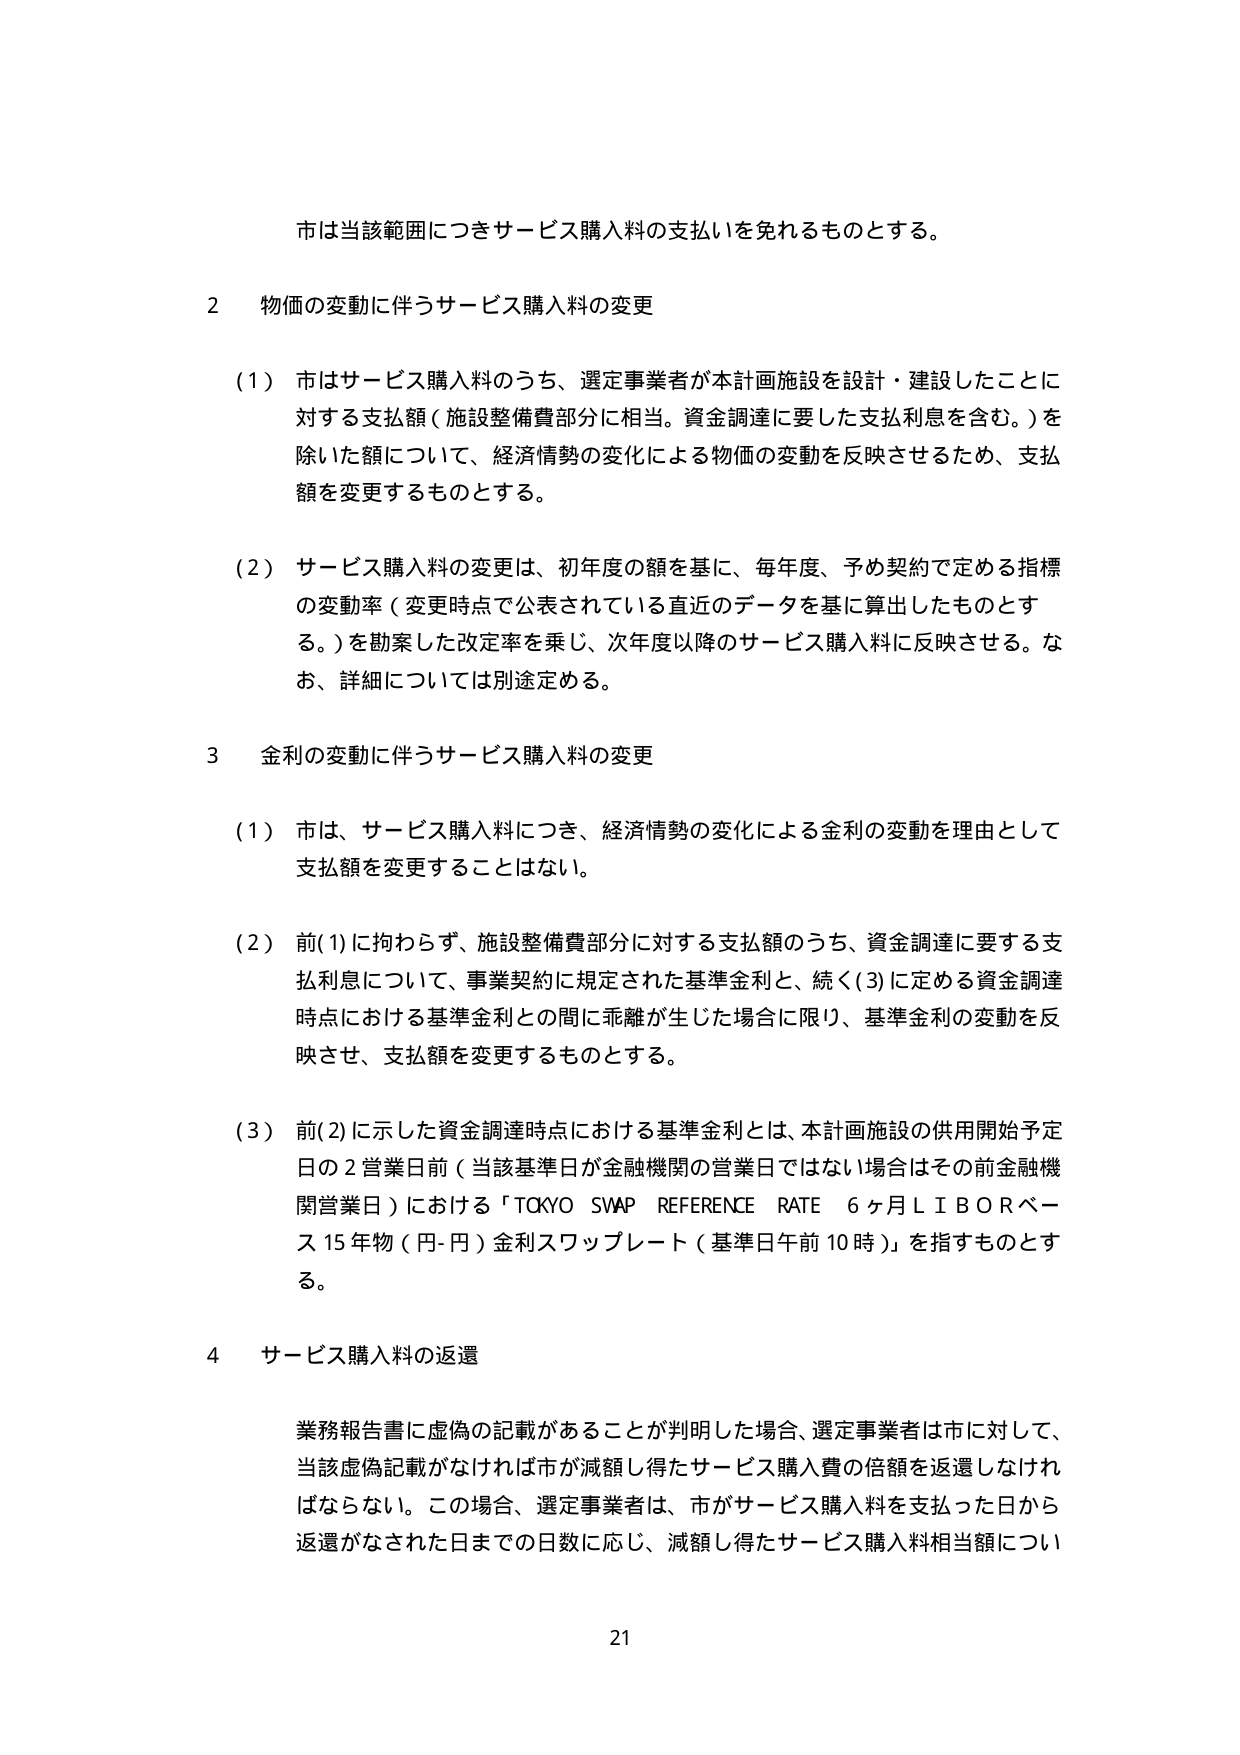
市は当該範囲につきサービス購入料の支払いを免れるものとする。

2 物価の変動に伴うサービス購入料の変更

（1）市はサービス購入料のうち、選定事業者が本計画施設を設計・建設したことに
対する支払額（施設整備費部分に相当。資金調達に要した支払利息を含む。）を
除いた額について、経済情勢の変化による物価の変動を反映させるため、支払
額を変更するものとする。

（2）サービス購入料の変更は、初年度の額を基に、毎年度、予め契約で定める指標
の変動率（変更時点で公表されている直近のデータを基に算出したものとす
る。）を勘案した改定率を乗じ、次年度以降のサービス購入料に反映させる。な
お、詳細については別途定める。

3 金利の変動に伴うサービス購入料の変更

（1）市は、サービス購入料につき、経済情勢の変化による金利の変動を理由として
支払額を変更することはない。

（2）前(1)に拘わらず、施設整備費部分に対する支払額のうち、資金調達に要する支
払利息について、事業契約に規定された基準金利と、続く(3)に定める資金調達
時点における基準金利との間に乖離が生じた場合に限り、基準金利の変動を反
映させ、支払額を変更するものとする。

（3）前(2)に示した資金調達時点における基準金利とは、本計画施設の供用開始予定
日の2営業日前（当該基準日が金融機関の営業日ではない場合はその前金融機
関営業日）における「TOKYO SWAP REFERENCE RATE 6ヶ月LIBORベー
ス15年物（円-円）金利スワップレート（基準日午前10時）」を指すものとす
る。

4 サービス購入料の返還

業務報告書に虚偽の記載があることが判明した場合、選定事業者は市に対して、
当該虚偽記載がなければ市が減額し得たサービス購入費の倍額を返還しなけれ
ばならない。この場合、選定事業者は、市がサービス購入料を支払った日から
返還がなされた日までの日数に応じ、減額し得たサービス購入料相当額につい

21